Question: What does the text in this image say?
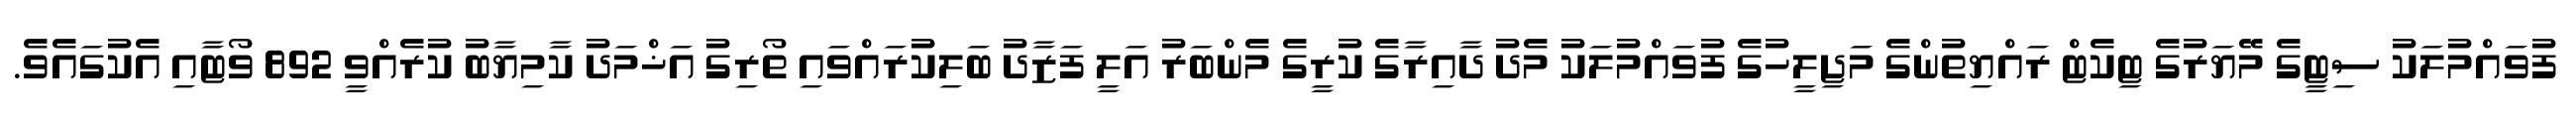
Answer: ފުވައްމުލަކު ސިޓީގެ މޭޔަރުގެ ޓިކެޓް ރައްޔިތުންގެ މަޖިލީހުގެ ފުވައްމުލަކު މެދު ދާއިރާގެ ކުރީގެ މެންބަރު އަލީ ފަޒާދު ބަލިކުރައްވައި ތޯރިގު އަޚްމަދު ކާމިޔާބު ކުރެއްވީ 892 ވޯޓާއި އެކުގައެވެ.